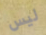
ليس